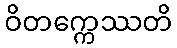
ဝိတက္ကေဿတိ